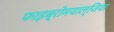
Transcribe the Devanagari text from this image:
फाइब्रोमयाल्जिया